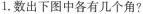
1.数出下图中各有几个角?